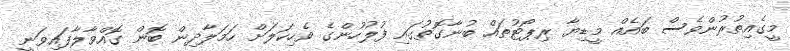
މީގެއިތުރުންވެސް ބައެއް މީޑިޔާ ރިޕޯޓުތައް ބުނާގޮތުގައި ފުލުހުންގެ ވެހިކަލަށް ހަމަލާދިން ބޮން ގޮއްވާލާފައިވަނީ